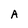
Character: A